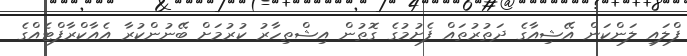
ފްލައި ލަންކަން އޭޝިއާގެ ދަތުރުތައް ފެށުމުގެ ގޮތުން އިޝްތިހާރު ކުރުމަށް ބޭނުންކުރާ އެއާކްރާފްޓެއްގެ